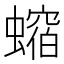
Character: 𧑲